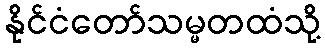
နိုင်ငံတော်သမ္မတထံသို့